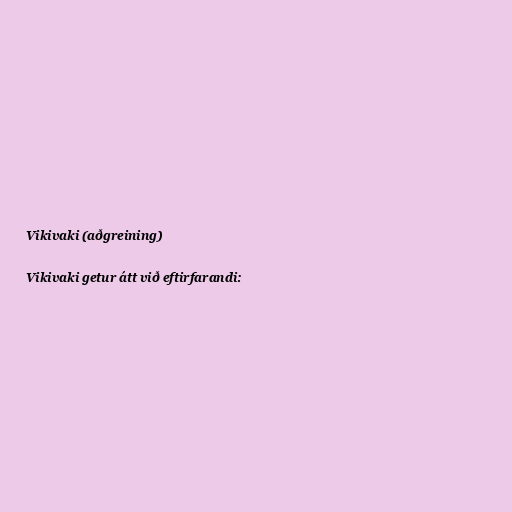
Vikivaki (aðgreining)

Vikivaki getur átt við eftirfarandi: